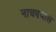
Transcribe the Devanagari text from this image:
नाचण्यास